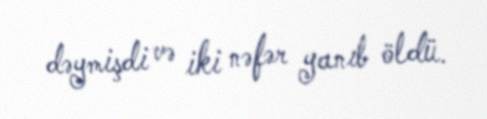
dəymişdi və iki nəfər yanıb öldü.